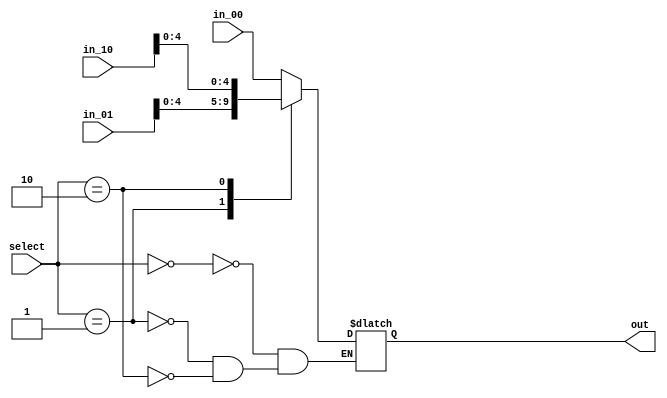
module mux_shift_amt( 
    input wire [4:0] in_00, // shamt
    input wire [31:0] in_01, // reg b
    input wire [31:0] in_10, // mem
    input wire [1:0]  select, //Controlado pelo ShiftAmt
    output reg [4:0]  out
);

    always @(*) begin
        case(select)
            2'b00: out = in_00[4:0];
            2'b01: out = in_01[4:0];
            2'b10: out = in_10[4:0];
        endcase
    end
endmodule